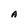
Character: A